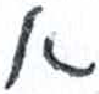
אות: א